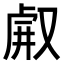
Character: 𠭗